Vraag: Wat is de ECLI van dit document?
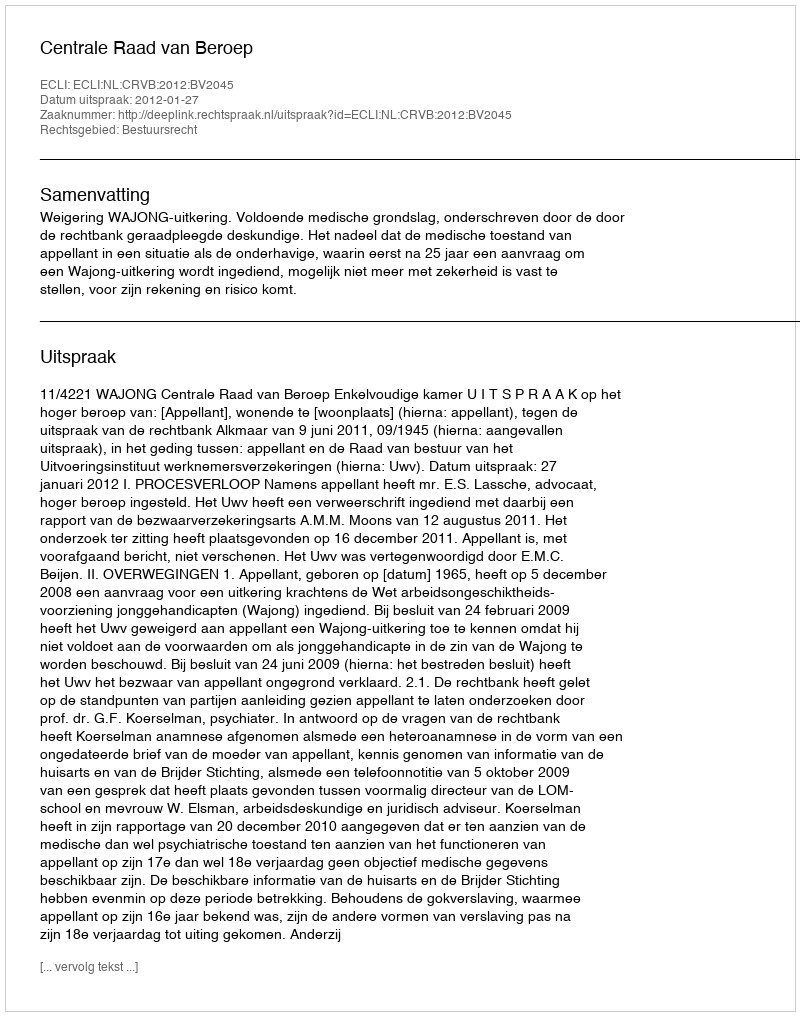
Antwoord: ECLI:NL:CRVB:2012:BV2045